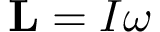
\mathbf { L } = I { \boldsymbol { \omega } }